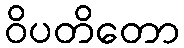
ဝိပတိတော